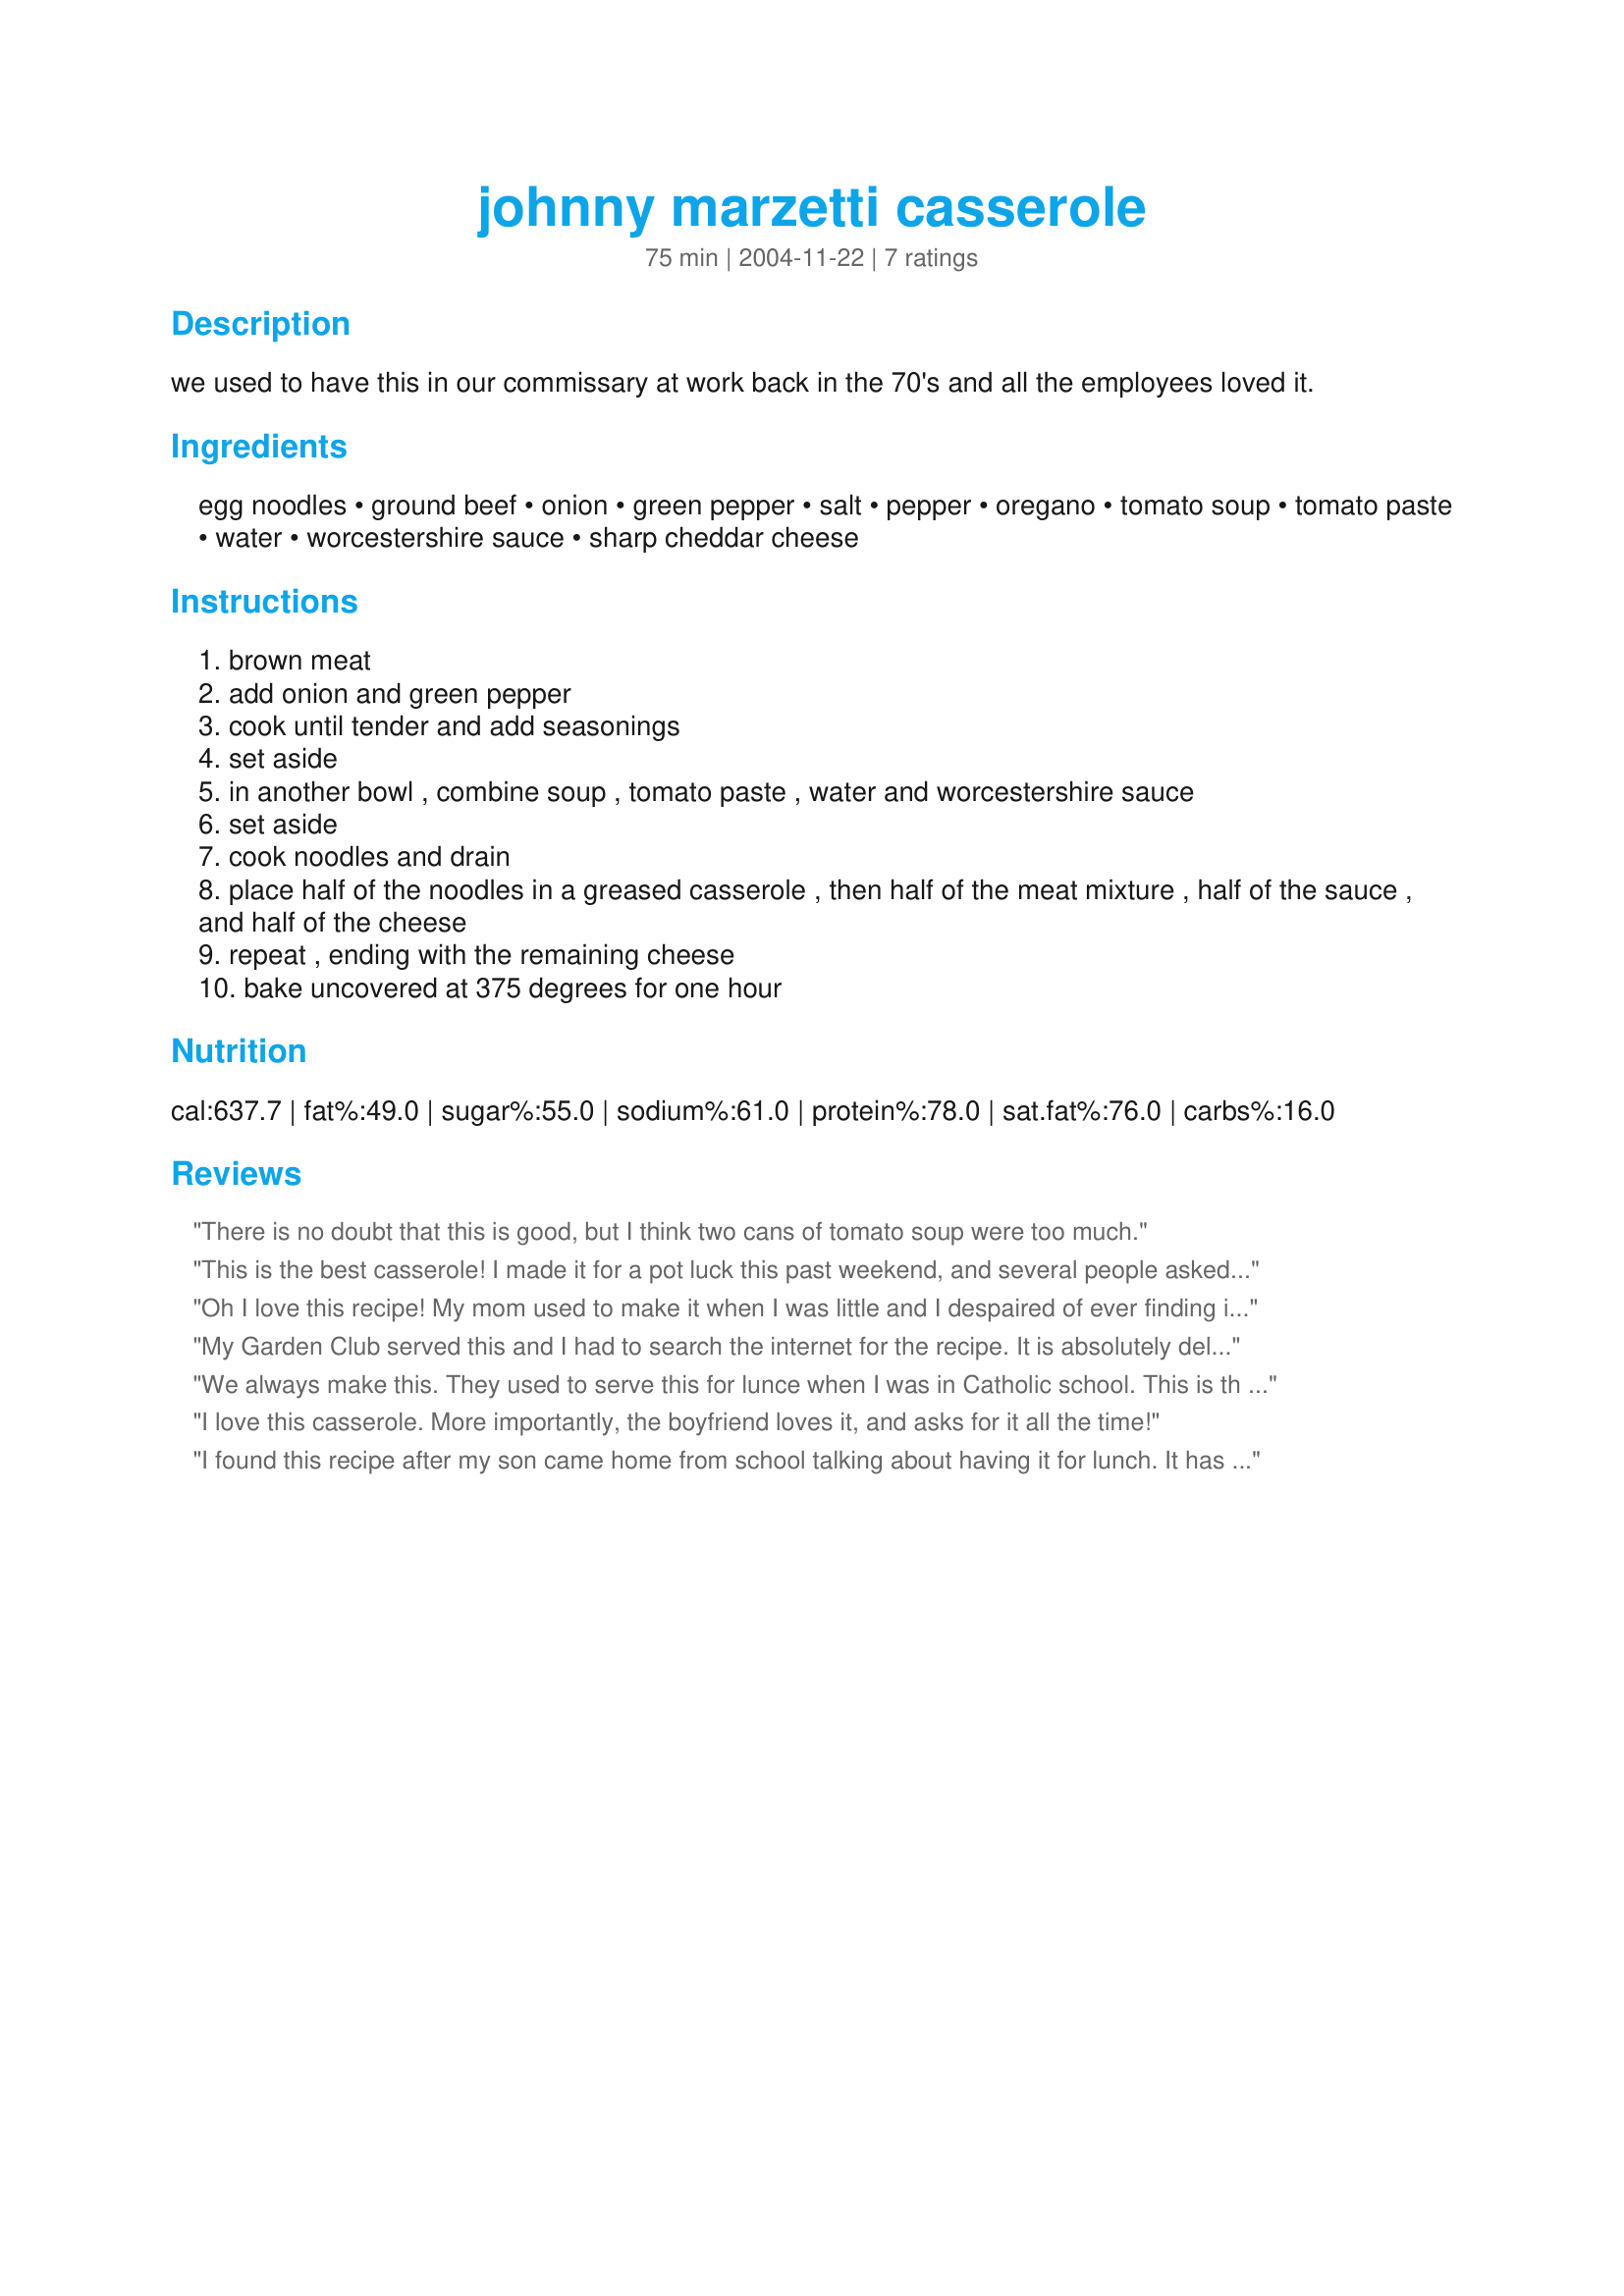
johnny marzetti casserole
Preparation time: 75 minutes

we used to have this in our commissary at work back in the 70's and all the employees loved it.

Ingredients:
egg noodles, ground beef, onion, green pepper, salt, pepper, oregano, tomato soup, tomato paste, water, worcestershire sauce, sharp cheddar cheese

Steps:
brown meat
add onion and green pepper
cook until tender and add seasonings
set aside
in another bowl , combine soup , tomato paste , water and worcestershire sauce
set aside
cook noodles and drain
place half of the noodles in a greased casserole , then half of the meat mixture , half of the sauce , and half of the cheese
repeat , ending with the remaining cheese
bake uncovered at 375 degrees for one hour

Reviews:
There is no doubt that this is good, but I think two cans of tomato soup were too much.
This is the best casserole! I made it for a pot luck this past weekend, and several people asked for the recipe. Thanks!
Oh I love this recipe! My mom used to make it when I was little and I despaired of ever finding it again but here it is! A great and timeless recipe! thanks for posting it.
My Garden Club served this and I had to search the internet for the recipe. It is absolutely delicious. I didn't have tomato paste so I used a can of tomatoe sauce and it tasted great. I also substituted elbow macaroni instead of egg noodles. Thanks for a terrific recipe!
We always make this. They used to serve this for lunce when I was in Catholic school. This is th best comfort food.
I love this casserole. More importantly, the boyfriend loves it, and asks for it all the time!
I found this recipe after my son came home from school talking about having it for lunch. It has become a family favorite. We have it at least 2 times a month. Thank you it taste great!!!!
